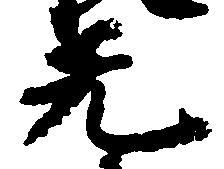
無